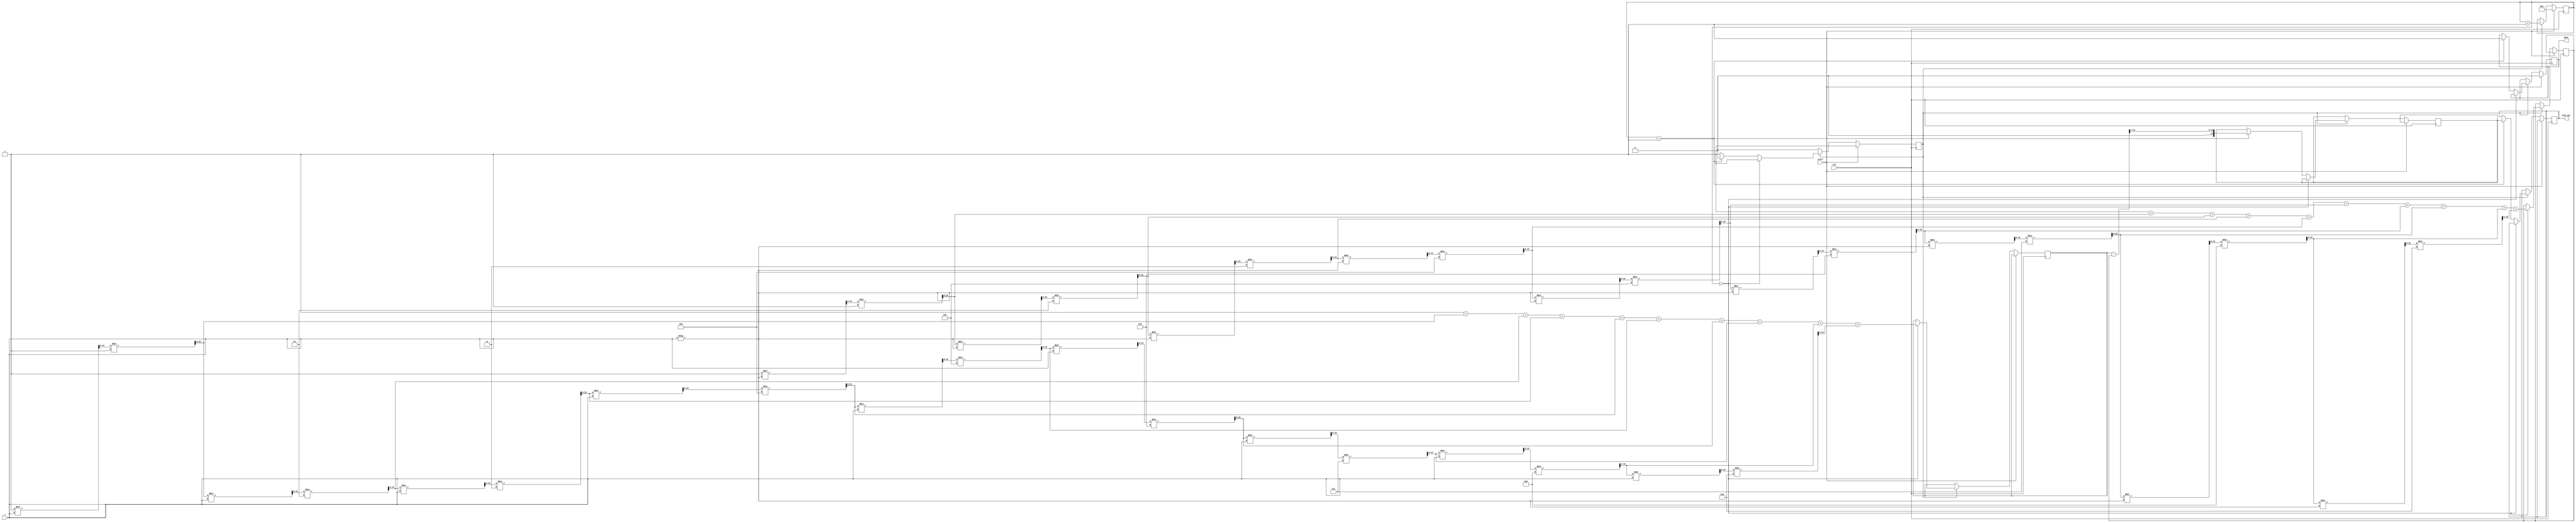
module sinh_block (
    input wire [15:0] x,        // Input: Fixed-point representation of x
    input wire clk,              // Clock signal
    input wire start,            // Start signal
    output reg [15:0] sinh_out,  // Output: Fixed-point representation of sinh(x)
    output reg done              // Done signal
);

    // Parameters for fixed-point representation
    parameter FIXED_POINT_FRACTIONAL_BITS = 8; // Number of fractional bits
    parameter MAX_ITERATIONS = 10; // Number of terms in Taylor series

    // Internal variables
    reg [15:0] exp_x;
    reg [15:0] exp_neg_x;
    reg [15:0] temp_sinh;
    reg [3:0] iteration;
    reg calculating;

    // Exponential function using Taylor series
    function [15:0] exp_taylor;
        input [15:0] val;
        integer i;
        reg [15:0] term;
        reg [15:0] sum;
        begin
            sum = 16'h0001; // e^0 = 1
            term = 16'h0001; // First term (x^0 / 0!)
            for (i = 1; i < MAX_ITERATIONS; i = i + 1) begin
                term = (term * val) >> FIXED_POINT_FRACTIONAL_BITS; // Multiply by x
                term = term / i; // Divide by i!
                sum = sum + term; // Add to sum
            end
            exp_taylor = sum;
        end
    endfunction

    // State Machine for calculation
    always @(posedge clk) begin
        if (start) begin
            iteration <= 0;
            calculating <= 1;
            done <= 0;
        end
        else if (calculating) begin
            if (iteration == 0) begin
                exp_x <= exp_taylor(x); // Calculate e^x
                exp_neg_x <= exp_taylor(-x); // Calculate e^(-x)
            end
            else if (iteration == 1) begin
                temp_sinh <= (exp_x - exp_neg_x) >> 1; // (e^x - e^(-x)) / 2
                sinh_out <= temp_sinh;
                done <= 1;
                calculating <= 0;
            end
            iteration <= iteration + 1;
        end
    end

endmodule